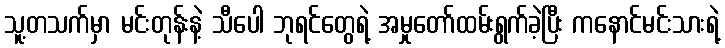
သူ့တသက်မှာ မင်းတုန်းနဲ့ သီပေါ ဘုရင်တွေရဲ့ အမှုတော်ထမ်းရွက်ခဲ့ပြီး ကနောင်မင်းသားရဲ့